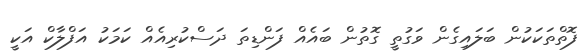
ފޮތްތަކަކުން ބަލައިގެން ވަގުތީ ގޮތުން ބައެއް ފަންޑިތަ ދަސްކުރިއެއް ކަމަކު އަފްލާކް އަކީ